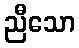
ညီသော